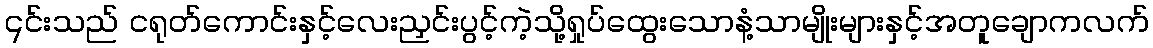
၎င်းသည် ငရုတ်ကောင်းနှင့်လေးညှင်းပွင့်ကဲ့သို့ရှုပ်ထွေးသောနံ့သာမျိုးများနှင့်အတူချောကလက်